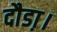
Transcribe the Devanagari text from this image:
दौडा़।